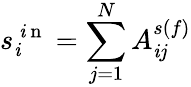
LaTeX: s_{\mathit{i}}^{\mathrm{{~\mathit{i}~n~}}}=\sum_{j=1}^{N}A_{\mathit{i}j}^{s(f)}